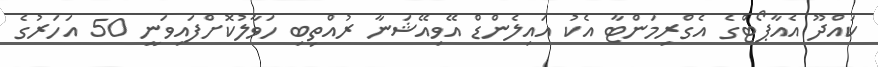
ކައްދޫ އެއާޕޯޓްގެ އެގްރިމަންޓާ އެކު އައިލެންޑް އޭވިއޭޝަނާ ރުއްތިބި ހަވާލުކޮށްފައިވަނީ 50 އަހަރުގެ